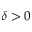
\delta > 0